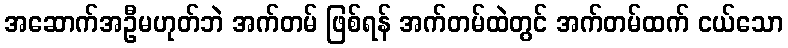
အဆောက်အဦမဟုတ်ဘဲ အက်တမ် ဖြစ်ရန် အက်တမ်ထဲတွင် အက်တမ်ထက် ငယ်သော